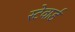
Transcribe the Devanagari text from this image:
स्टेवार्ड